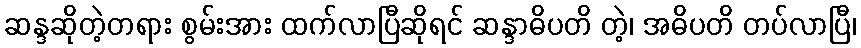
ဆန္ဒဆိုတဲ့တရား စွမ်းအား ထက်လာပြီဆိုရင် ဆန္ဒာဓိပတိ တဲ့၊ အဓိပတိ တပ်လာပြီ၊